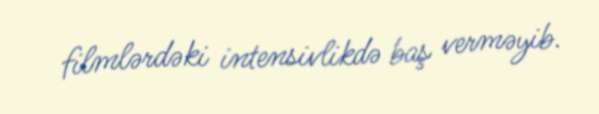
filmlərdəki intensivlikdə baş verməyib.